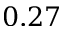
0 . 2 7